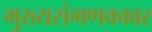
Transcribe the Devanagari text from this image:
मुख्यसंगणकावर